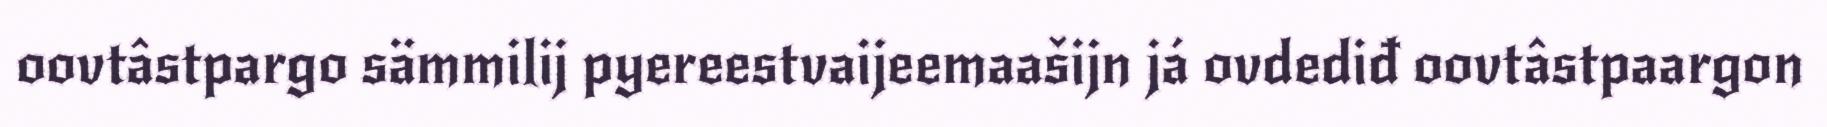
oovtâstpargo sämmilij pyereestvaijeemaašijn já ovdediđ oovtâstpaargon